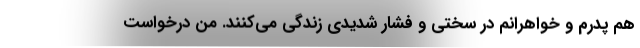
هم پدرم و خواهرانم در سختی و فشار شدیدی زندگی می‌کنند. من درخواست